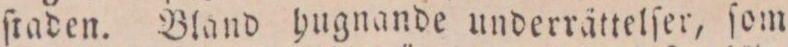
ſtaden. Bland hugnande underrättelſer, ſom